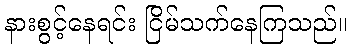
နားစွင့်နေရင်း ငြိမ်သက်နေကြသည်။